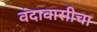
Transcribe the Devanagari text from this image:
वंदावासीचा